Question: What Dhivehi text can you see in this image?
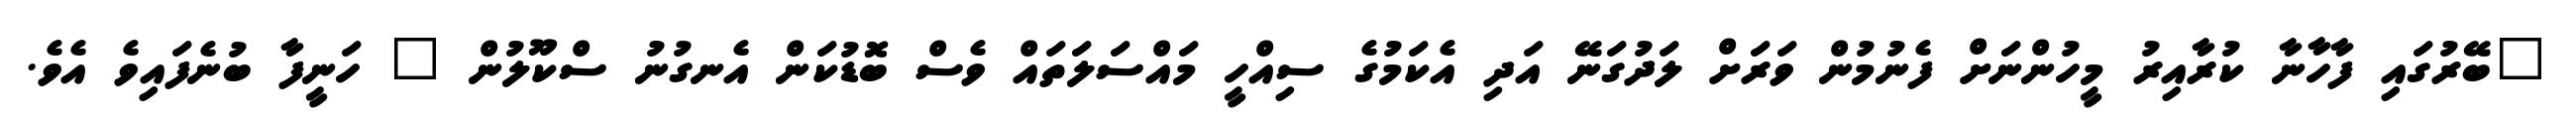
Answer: "ބޭރުގައި ފާހާނާ ކުރާއިރު މީހުންނަށް ފެނުމުން ވަރަށް ލަދުގަނޭ އަދި އެކަމުގެ ސިއްހީ މައްސަލަތައް ވެސް ބޮޑުކަން އެނގުނު ސްކޫލުން " ހަނީފާ ބުނެފައިވެ އެވެ.